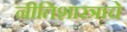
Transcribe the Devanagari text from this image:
नीतिशास्त्राचे